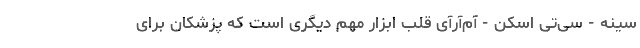
سینه - سی‌تی اسکن - آم‌آر‌آی قلب ابزار مهم دیگری است که پزشکان برای